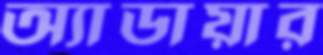
অ্যাডায়ার